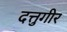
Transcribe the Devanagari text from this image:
दत्तुगीर